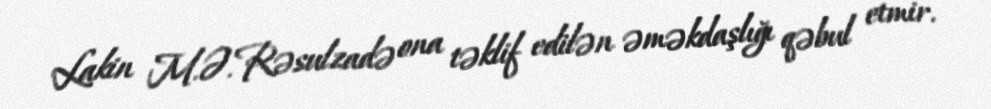
Lakin M.Ə.Rəsulzadə ona təklif edilən əməkdaşlığı qəbul etmir.